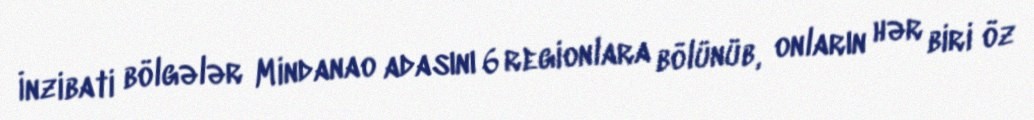
İnzibati bölgələr Mindanao adasını 6 regionlara bölünüb, onların hər biri öz